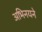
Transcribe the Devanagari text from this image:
अभिनयने